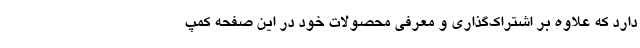
دارد که علاوه بر اشتراک‌گذاری و معرفی محصولات خود در این صفحه کمپ